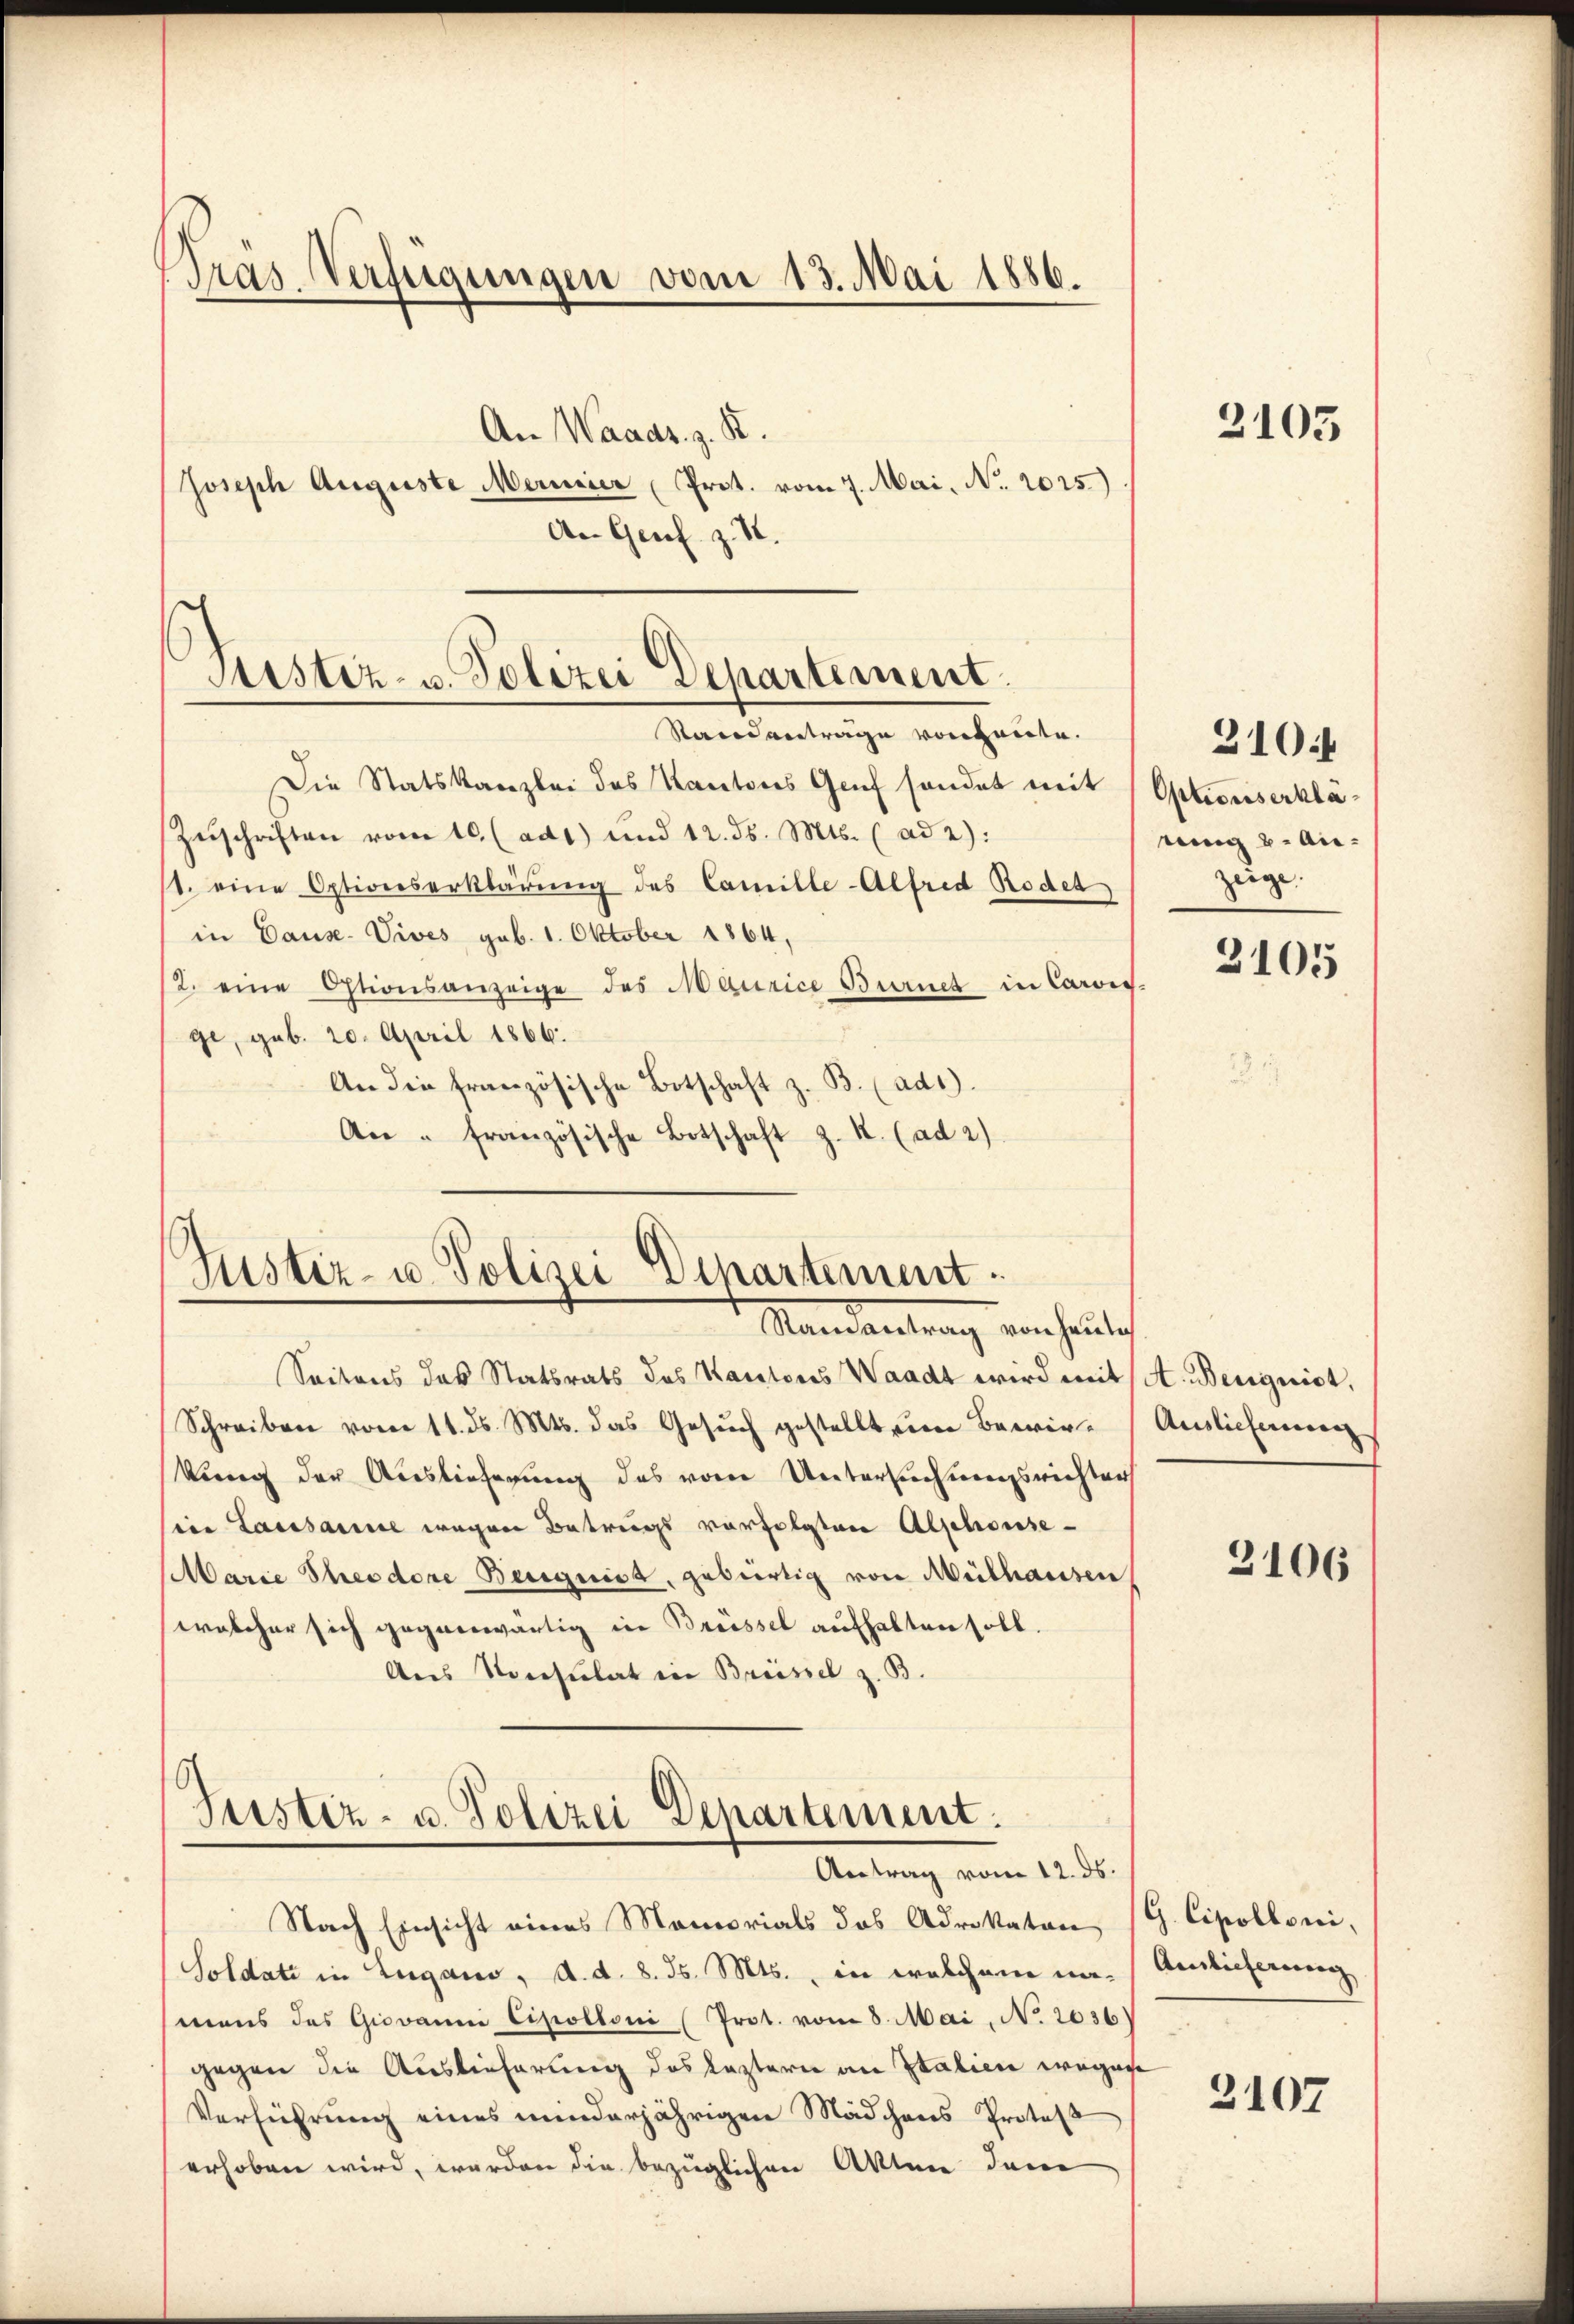
Gras-Verfügungen vom 13. Mai 1886.
An Waads. z. R.
Joseph Auguste Meiner Prot. vom 7. Mai, No. 2025.)
An Genf z. S.

Justiz- u. Polizei Departement.
Stand antrage vorheite.

Die Statskanzlei des Kantons Genf sendet mit
Zŭschriften vom 10. (ad1) und 12. ds. Mts. (ad 2):
1. eine Optionserklärung des Camille-Alfred Rodet
in Cause. Vives geb. 1. Oktober 1864.
/2. eine Ostionsanzeige des Maurice Birnet in Carois-
ge, geb. 20. April 1866.
An die französische Botschaft z. B. (ad1).
An " französische Botschaft z. K. (ad 2)

Justiz- u. Polizei Departement.
Standentrag von heuten

Seitens des Statsrats des Kantons Waadt wird mit A. Beugnist,
Schreiben vom 11. ds. Mts. das Gesuch gestellt eine Bewirkung der Auslieferung des vom Untersuchungsrichten
sien Lausanne wegen Betrugs vorfolgten Alphonse-
Marie Theodore Beugniss, gebürtig von Mülhausen
welcher sich gegenwärtig in Brüssel aufhalten soll.
Aus Konsulat in Brüssel z. B.

Justiz- u. Polizei Departement.
Antrag vom 12. ds.

Nach Einsicht eines Memorials das Advokaten
Soldate in Lugano, d. d. 8. ds. Mts., in welchem namens das Giovanni Cipolloni (Prot. vom 8. Mai, N. 2036
gegen die Auslieferung des Leztern an Italien wegen
Verführung eines minderjährigen Mädchens Protes
erhoben wird, werden die bezüglichen Akten dem

2105

Optionserkläwing 2. Auzeige.

310:

3105

Auslieferung

3106

G. Cipolloni,
Auslieferung

2107